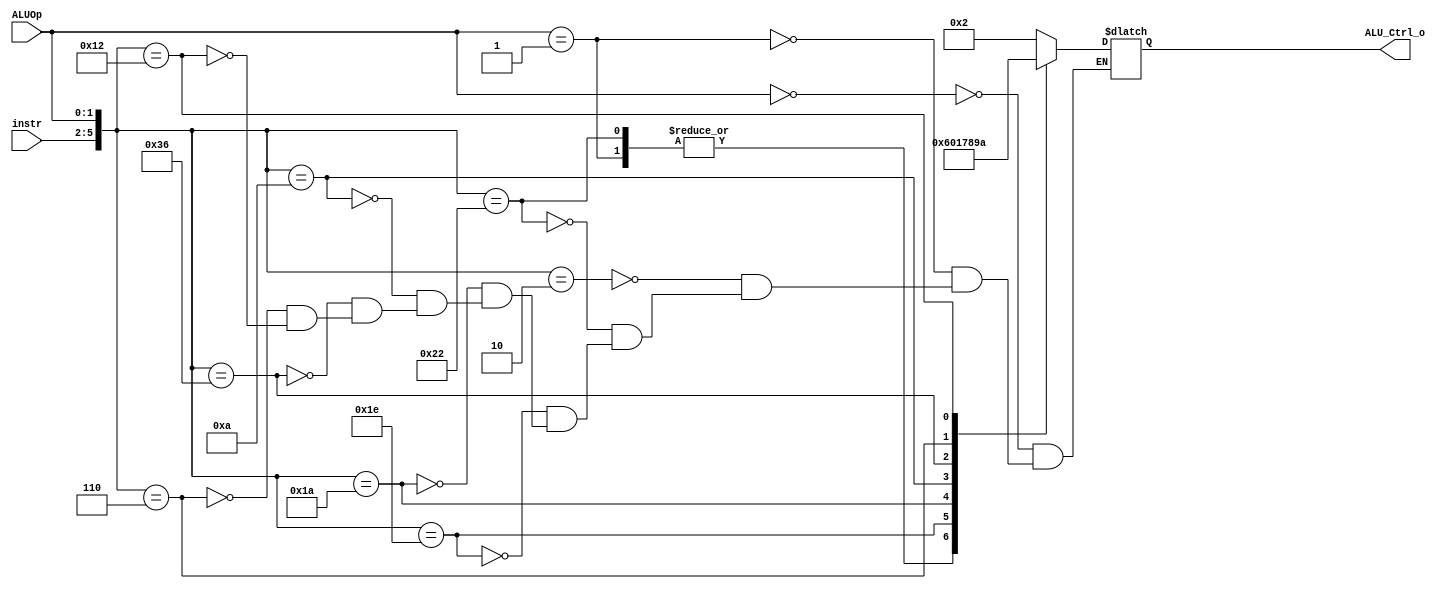
`timescale 1ns/1ps

module ALU_Ctrl(
	input		[4-1:0]	instr,
	input		[2-1:0]	ALUOp,
	output	reg [4-1:0] ALU_Ctrl_o
	);
	
/* Write your code HERE */

wire [6-1:0] instr_ALUOp;
assign instr_ALUOp = {instr, ALUOp};

// 6'b????00 : I type, S type
// 6'b????01 : B type
// 6'b????10 : R type
always @(*) begin
	casez(instr_ALUOp)
		6'b????00: ALU_Ctrl_o = 4'b0010; // ld sd, add
		6'b????01: ALU_Ctrl_o = 4'b0110; // beq, sub
		6'b000010: ALU_Ctrl_o = 4'b0010; // add
		6'b100010: ALU_Ctrl_o = 4'b0110; // sub
		6'b011110: ALU_Ctrl_o = 4'b0000; // and
		6'b011010: ALU_Ctrl_o = 4'b0001; // or
		6'b001010: ALU_Ctrl_o = 4'b0111; // slt
		6'b110110: ALU_Ctrl_o = 4'b1000; // sra
		6'b000110: ALU_Ctrl_o = 4'b1001; // sll
		6'b010010: ALU_Ctrl_o = 4'b1010; // xor
	endcase
end

endmodule